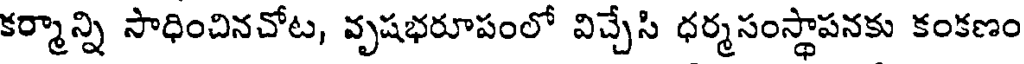
కర్మాన్ని సాధించినచోట, వృషభరూపంలో విచ్చేసి ధర్మసంస్థాపనకు కంకణం